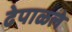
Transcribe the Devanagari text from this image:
ढेपाळले